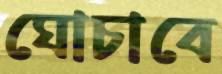
ঘোচাবে